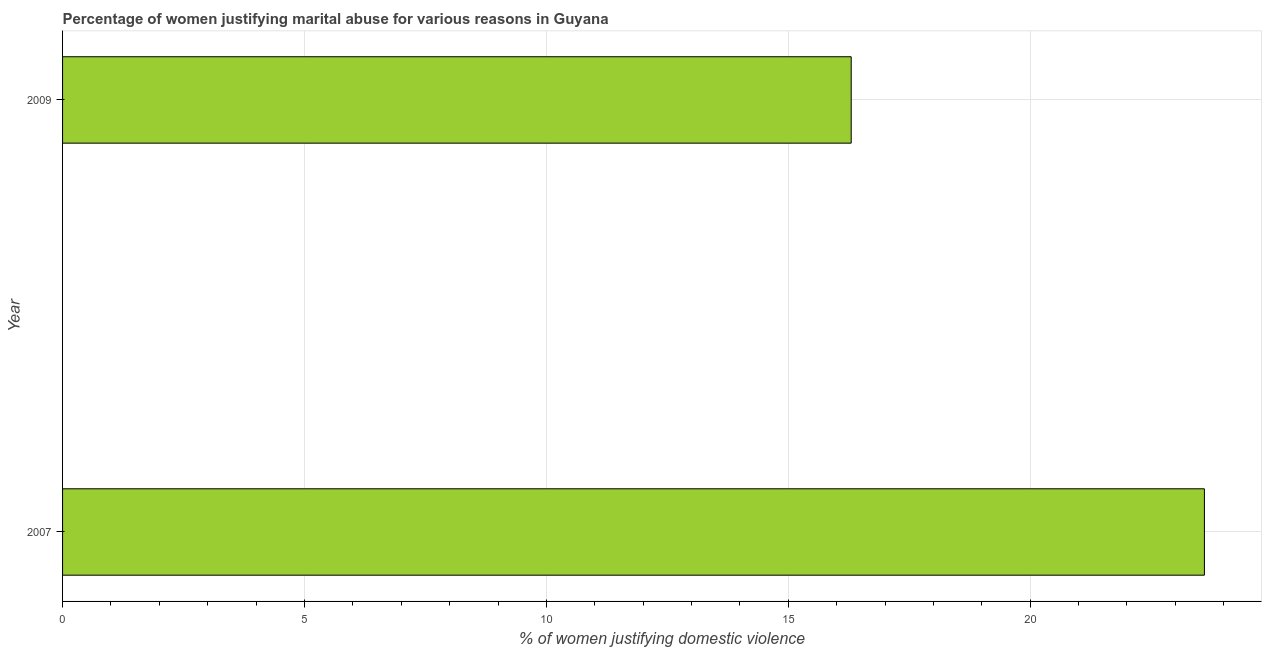
| Year | Physical abuse |
 | --- | --- |
 | 2007 | 23.6 |
 | 2009 | 16.3 |